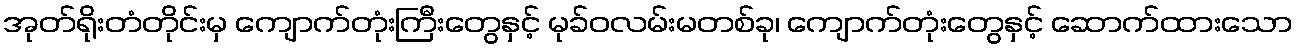
အုတ်ရိုးတံတိုင်းမှ ကျောက်တုံးကြီးတွေနှင့် မုခ်ဝလမ်းမတစ်ခု၊ ကျောက်တုံးတွေနှင့် ဆောက်ထားသော